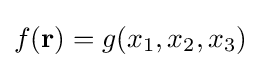
f(\mathbf {r} )=g(x_{1},x_{2},x_{3})